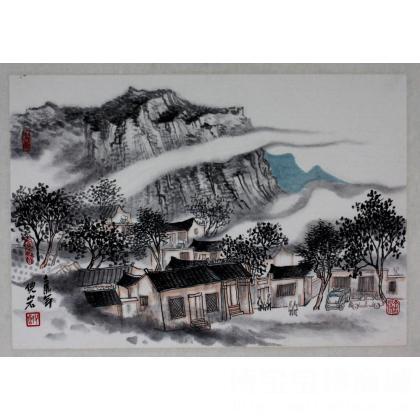
夜喧山门店，独宿不安席。